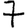
Digit: 7